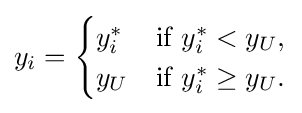
y_{i}={\begin{cases}y_{i}^{*}&{\text{if }}y_{i}^{*}<y_{U},\\y_{U}&{\text{if }}y_{i}^{*}\geq y_{U}.\end{cases}}